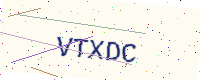
Text: VTXDC